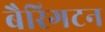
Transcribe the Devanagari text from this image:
बैरिगटन